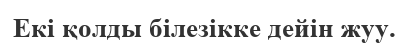
Екі қолды білезікке дейін жуу.